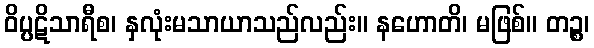
ဝိပ္ပဋိသာရီစ၊ နှလုံးမသာယာသည်လည်း။ နဟောတိ၊ မဖြစ်။ တဉ္စ၊